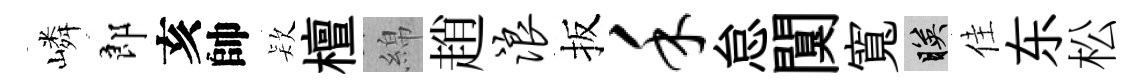
嶙郎亥帥𣣇檀綿趙浪扳禾怠闃寬映佳东松